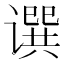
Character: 𬤥